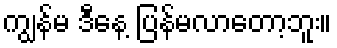
ကျွန်မ ဒီနေ့ ပြန်မလာတော့ဘူး။